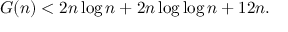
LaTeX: \! G ( n ) < 2 n \log n + 2 n \log \log n + 1 2 n .